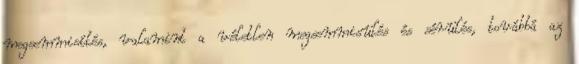
megsemmisítés, valamint a véletlen megsemmisülés és sérülés, továbbá az